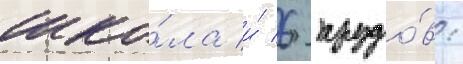
шко́ла и́ 6 прудо́в: